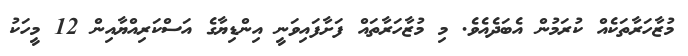
މުޒާހަރާތަކެއް ކުރަމުން އެބަދެއެވެ. މި މުޒާހަރާތައް ފަށާފައިވަނީ އިންޑިޔާގެ އަސްކަރިއްޔާއިން 12 މީހަކު